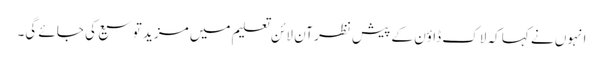
انہوں نے کہا کہ لاک ڈاؤن کے پیش نظر آن لائن تعلیم میں مزید توسیع کی جائے گی۔